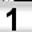
Digit: 1